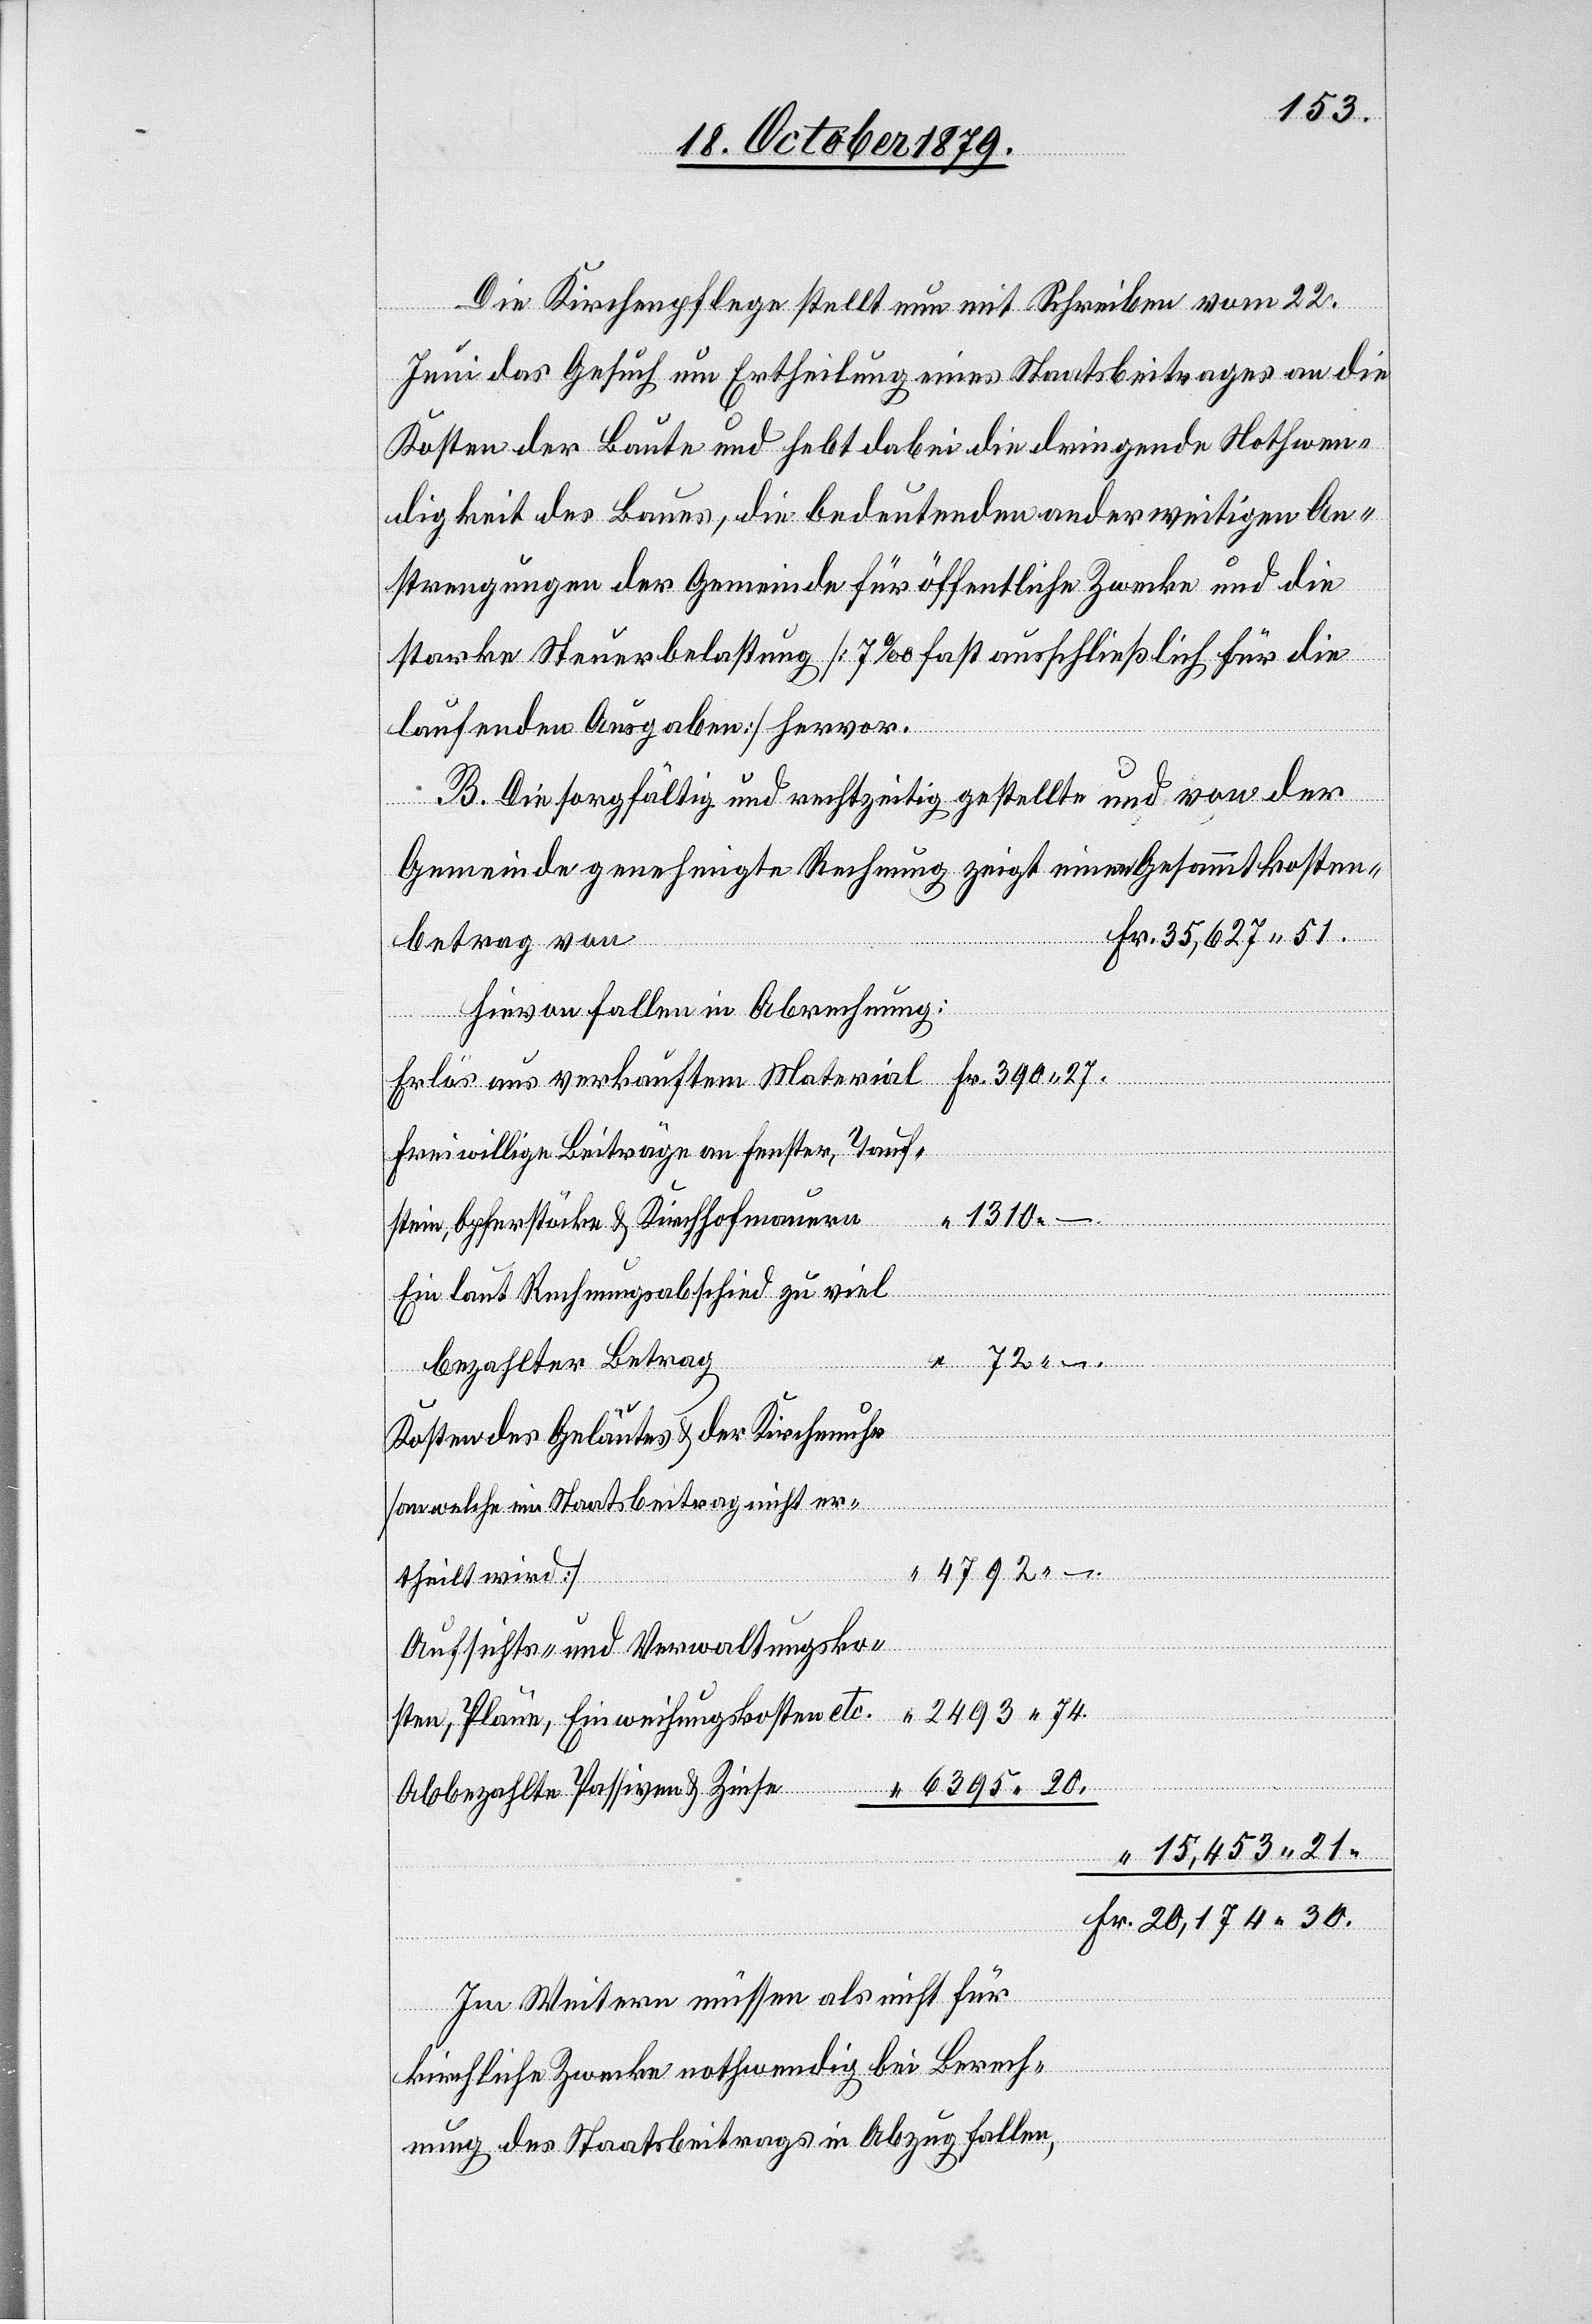
Die Kirchenpflege stellt nun mit Schreiben vom 22.
Juni das Gesuch um Ertheilung eines Staatsbeitrages an die
Kosten der Baute und hebt dabei die dringende Nothwen¬
digkeit des Baues, die bedeutenden anderweitigen An¬
strengungen der Gemeinde für öffentliche Zwecke und die
starke Steuerbelastung [7% fast ausschließlich für die
laufenden Ausgaben] hervor.
B. Die sorgfältig und rechtzeitig gestellte und von der
in
beitrag von
Hievon fallen in Abrechnung:
30.
Fr.
Erlös von verkauftem Material
Freiwillige Beitrage an Fenster, Tauf¬
2493 74
atsbeitrags
Opferstöcke & Kirchhofmauern
Ein laut Rechnungsabschied zu viel
fallen,
bezahlter Betrag
Kosten des Geläutes & der Kirchenuhr
[an welche ein Staatsbeitrag nicht
theilt wird]
Aufsichts- und Verwaltungsko¬
einen Gesam¬
15,453 21.
iven
Im Weitern müssen als nicht für
Sta¬